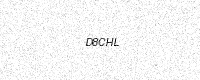
Text: D8CHL